Leaving Certificate Examination (including Day School Certificate (Higher) General paper), 1928
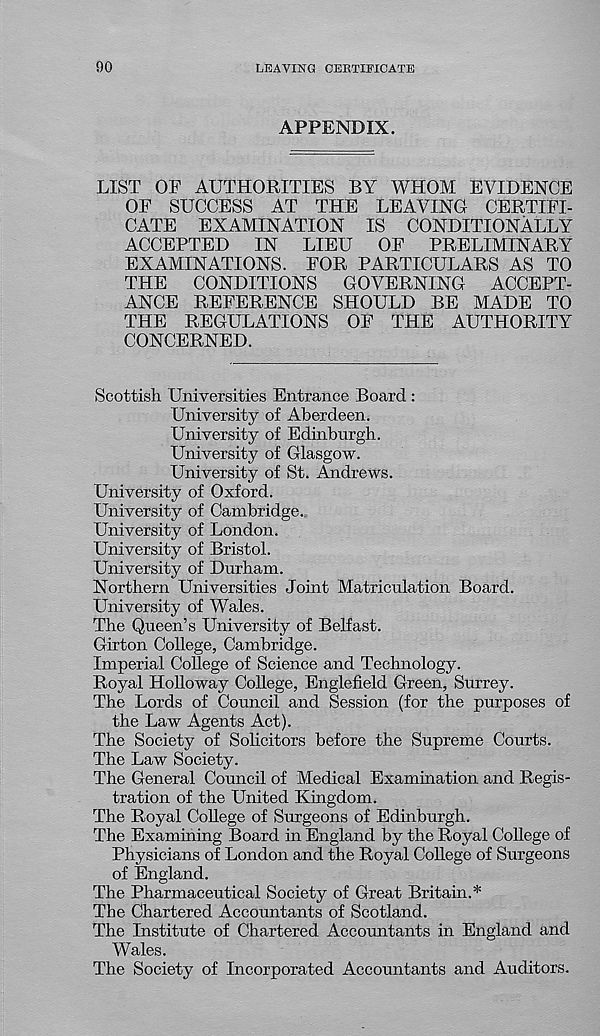
90
LEAVING CERTIFICATE
APPENDIX.
LIST OF AUTHORITIES BY WHOM EVIDENCE
OF SUCCESS AT THE LEAVING CERTIFI-
CATE EXAMINATION IS CONDITIONALLY
ACCEPTED
IN
LIEU
OF
PRELIMINARY
EXAMINATIONS. FOR PARTICULARS AS TO
THE
CONDITIONS
GOVERNING
ACCEPT-
ANCE REFERENCE SHOULD BE MADE TO
THE REGULATIONS OF THE AUTHORITY
CONCERNED.
Scottish Universities Entrance Board :
University of Aberdeen.
University of Edinburgh.
University of Glasgow.
University of St. Andrews.
University of Oxford.
University of Cambridge.
University of London.
University of Bristol.
University of Durham.
Northern Universities Joint Matriculation Board.
University of Wales.
The Queen’s University of Belfast.
Girton College, Cambridge.
Imperial College of Science and Technology.
Royal Holloway College, Englefield Green, Surrey.
The Lords of Council and Session (for the purposes of
the Law Agents Act).
The Society of Solicitors before the Supreme Courts.
The Law Society.
The General Council of Medical Examination and Regis-
tration of the United Kingdom.
The Royal College of Surgeons of Edinburgh.
The Examining Board in England by the Royal College of
Physicians of London and the Royal College of Surgeons
of England.
The Pharmaceutical Society of Great Britain.*
The Chartered Accountants of Scotland.
The Institute of Chartered Accountants in England and
Wales.
The Society of Incorporated Accountants and Auditors.